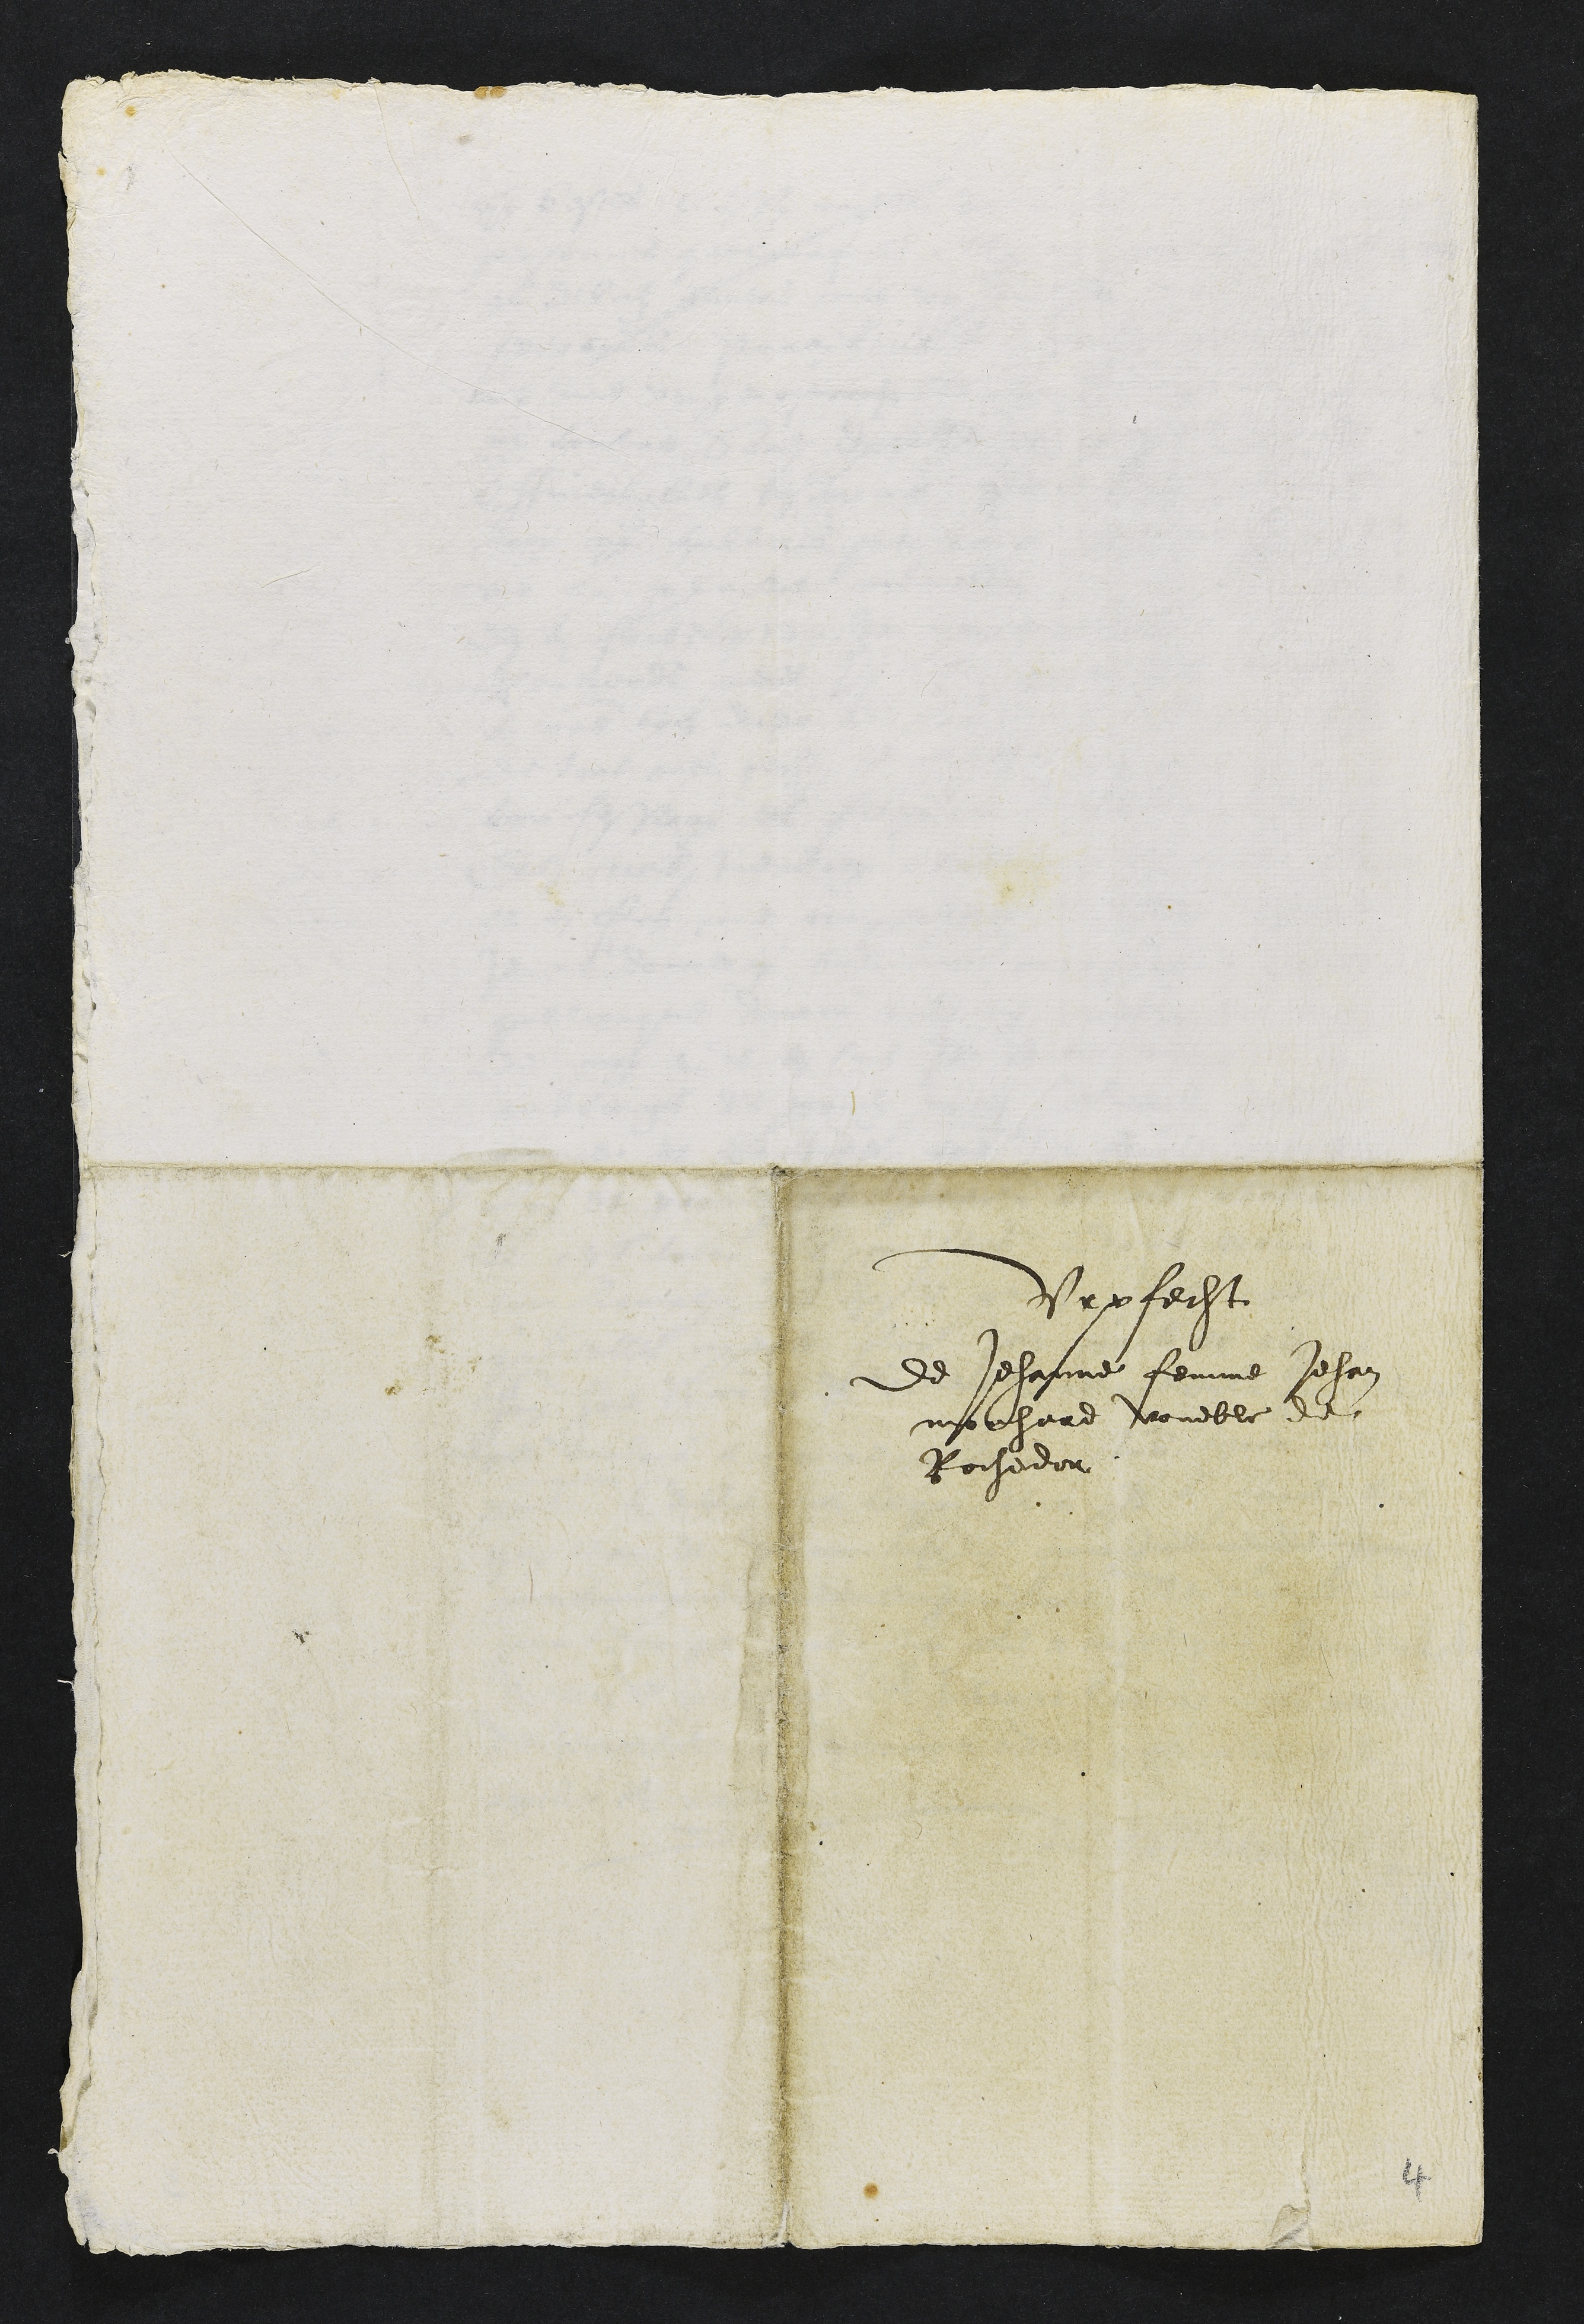
Vrpfecht
de Jehanne femme Jehan
mouhard voueble de
Rochedor